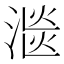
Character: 㴴